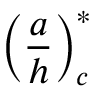
\left( \frac { a } { h } \right) _ { c } ^ { * }